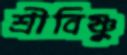
শ্রীবিষ্ণু